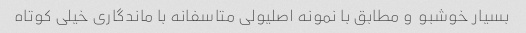
بسیار خوشبو  و مطابق با نمونه اصلیولی متاسفانه با ماندگاری خیلی کوتاه